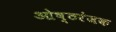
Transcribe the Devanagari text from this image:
ओष्ठरंजक